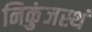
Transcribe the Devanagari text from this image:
निकुंजस्थं